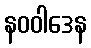
နဝဝါဒေန